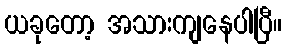
ယခုတော့ အသားကျနေပါပြီ။